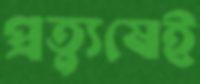
প্রত্যুষেই